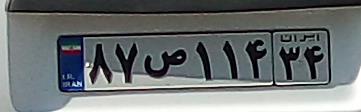
۸۷ص۱۱۴۳۴